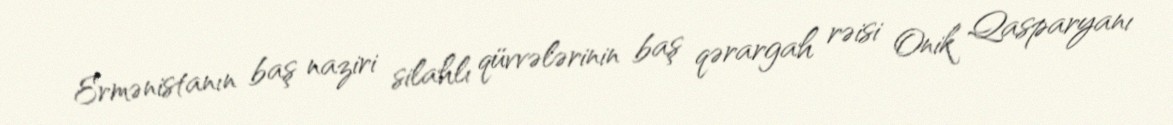
Ermənistanın baş naziri silahlı qüvvələrinin baş qərargah rəisi Onik Qasparyanı